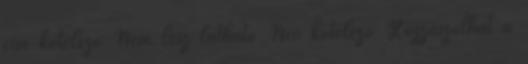
cím kötelező Nem lesz látható Név kötelező Hozzászólhat a